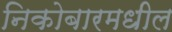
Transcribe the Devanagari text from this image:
निकोबारमधील